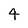
Character: 4